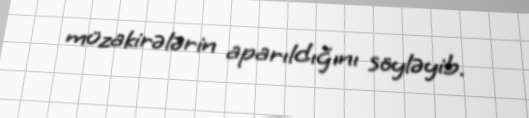
müzakirələrin aparıldığını söyləyib.